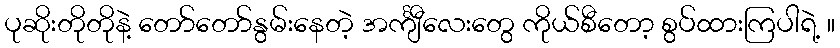
ပုဆိုးတိုတိုနဲ့ တော်တော်နွမ်းနေတဲ့ အင်္ကျီလေးတွေ ကိုယ်စီတော့ စွပ်ထားကြပါရဲ့ ။